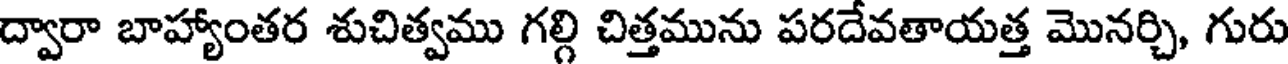
ద్వారా బాహ్యాంతర శుచిత్వము గల్గి చిత్తమును పరదేవతాయత్త మొనర్చి, గురు